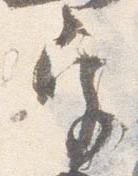
宮